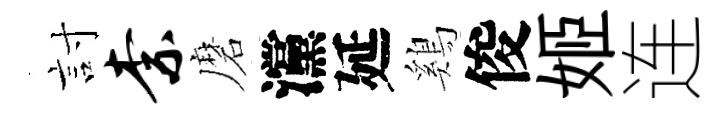
討柰磨灙延鷄俊姬连